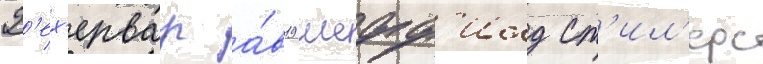
Ф'ех'ервар а́в19 шефф'илд ст'ил'ерс